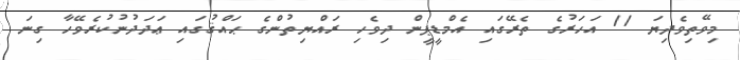
މިވޭތިވެދިޔަ 11 އަހަރުގެ ތެރޭގައި އެމްޑީޕީން ދިވެހި ރައްޔިތުންގެ ޙައްޤުގައި ޢަދަދުނުކުރެވޭހާ ގިނަ